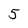
Character: 5